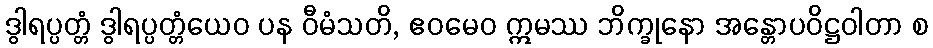
ဒွါရပ္ပတ္တံ ဒွါရပ္ပတ္တံယေဝ ပန ဝီမံသတိ, ဧဝမေဝ ဣမဿ ဘိက္ခုနော အန္တောပဝိဋ္ဌဝါတာ စ